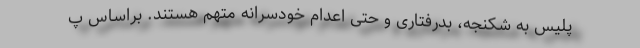
پلیس به شکنجه، بدرفتاری و حتی اعدام خودسرانه متهم هستند. براساس پ